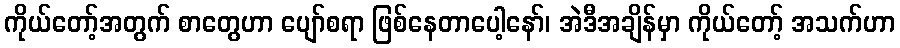
ကိုယ်တော့်အတွက် စာတွေဟာ ပျော်စရာ ဖြစ်နေတာပေါ့နော်၊ အဲဒီအချိန်မှာ ကိုယ်တော့် အသက်ဟာ